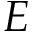
E